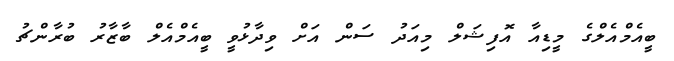
ބީއެމްއެލްގެ މީޑިއާ އޮފިޝަލް މިއަދު ސަން އަށް ވިދާޅުވީ ބީއެމްއެލް ބާޒާރު ބުރާންޗު